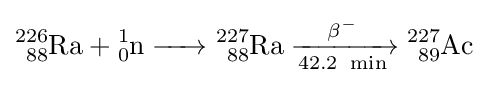
{\ce {^{226}_{88}Ra + ^{1}_{0}n -> ^{227}_{88}Ra ->[\beta^-][42.2 \ {\ce {min}}] ^{227}_{89}Ac}}